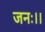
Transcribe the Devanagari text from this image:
जनः।।